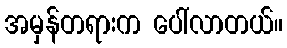
အမှန်တရားက ပေါ်လာတယ်။